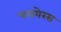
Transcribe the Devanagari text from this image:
पलयेरस